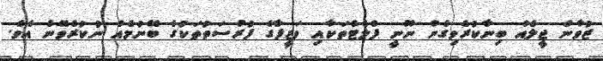
ޒުވާން ޖީލެއް ބިނާކުރެވިގެން ނޫނީ ފްލެޓްތަކާއި ވަޒީފާގެ ފުރުސަތުތަކުގެ ބޭނުމެއް ނުކުރެވޭނެ އެވެ.